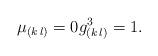
LaTeX: \begin{align*} \mu_{(k\,l)}=0 g_{(k\,l)}^3=1.\end{align*}